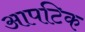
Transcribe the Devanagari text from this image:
आपटिक